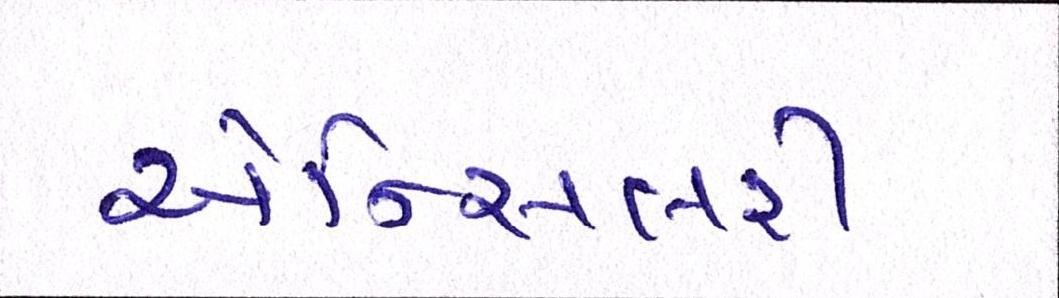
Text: એન્સિલરી